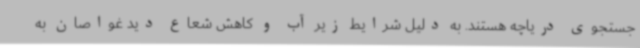
جستجوی دریاچه هستند. به دلیل شرایط زیر آب و کاهش شعاع دید غواصان به